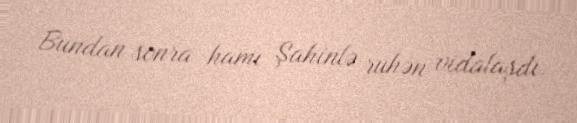
Bundan sonra hamı Şahinlə ruhən vidalaşdı.